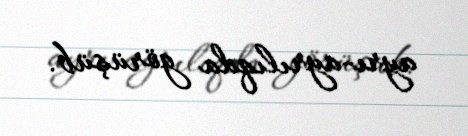
ayrı-ayrılıqda görüşüb.